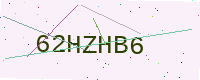
Text: 62HZHB6